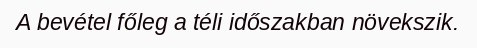
A bevétel főleg a téli időszakban növekszik.